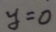
y = 0